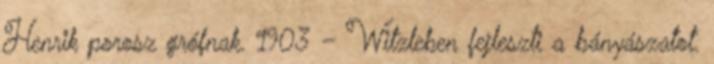
Henrik porosz grófnak. 1903 – Witzleben fejleszti a bányászatot.